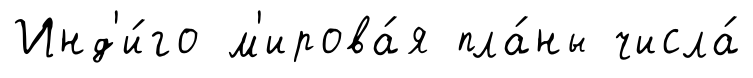
Инд'и́го м'ирова́я пла́ны числа́